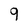
Character: 9